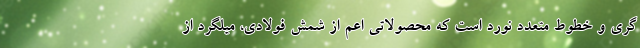
گري و خطوط متعدد نورد است كه محصولاتي اعم از شمش فولادي، ميلگرد از